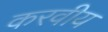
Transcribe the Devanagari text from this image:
करवीय